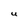
Character: U